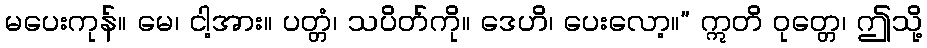
မပေးကုန်။ မေ၊ ငါ့အား။ ပတ္တံ၊ သပိတ်ကို။ ဒေဟိ၊ ပေးလော့။” ဣတိ ဝုတ္တေ၊ ဤသို့